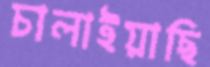
চালাইয়াছি